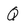
Character: Q